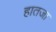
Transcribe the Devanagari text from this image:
हातजा